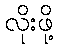
လိုးဖို့